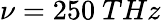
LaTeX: \nu=250~THz